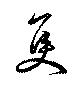
隻